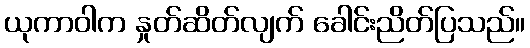
ယုကာဝါက နှုတ်ဆိတ်လျက် ခေါင်းညိတ်ပြသည်။